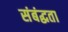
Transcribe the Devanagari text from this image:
संबंद्धता